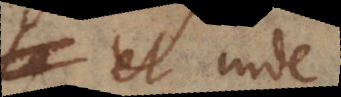
et inde